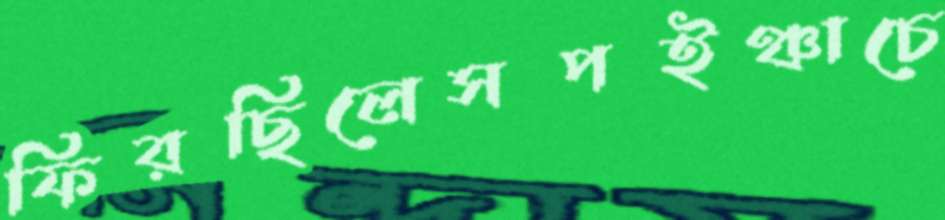
ফিরছিলেসপইঞ্চাচে